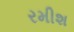
રમીશ